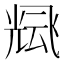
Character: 𲋓